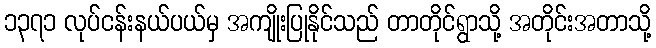
၁၃၇၁ လုပ်ငန်းနယ်ပယ်မှ အကျိုးပြုနိုင်သည် တာတိုင်ရွာသို့ အတိုင်းအတာသို့